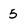
Character: 5